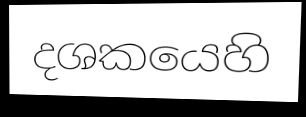
දශකයෙහි